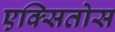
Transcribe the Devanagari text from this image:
एक्सितोस